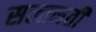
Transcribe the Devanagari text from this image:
सल्तनती